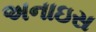
અનાઇસ